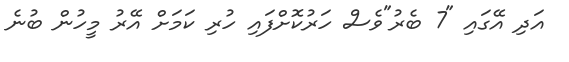
އަދި އޭގައި "7 ބެރު"ވެސް ހަރުކޮށްފައި ހުރި ކަމަށް އޭރު މީހުން ބުނެ